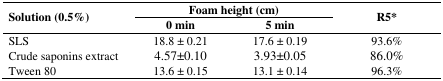
| <ROWSPAN=2> Solution (0.5%) | <COLSPAN=2> Foam height (cm) | <ROWSPAN=2> R5* |
 | 0 min | 5 min |
 | --- | --- | --- | --- |
 | SLS | 18.8 ± 0.21 | 17.6 ± 0.19 | 93.6% |
 | Crude saponins extract | 4.57±0.10 | 3.93±0.05 | 86.0% |
 | Tween 80 | 13.6 ± 0.15 | 13.1 ± 0.14 | 96.3% |